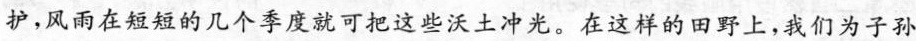
护，风雨在短短的几个季度就可把这些沃土冲光。在这样的田野上，我们为子孙